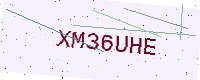
Text: XM36UHE